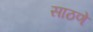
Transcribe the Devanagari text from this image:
साठणे